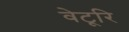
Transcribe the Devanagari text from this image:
वेटूरि